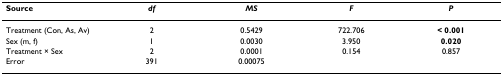
| Source | df | MS | F | P |
 | --- | --- | --- | --- | --- |
 | Treatment (Con, As, Av) | 2 | 0.5429 | 722.706 | < 0.001 |
 | Sex (m, f) | 1 | 0.0030 | 3.950 | 0.020 |
 | Treatment × Sex | 2 | 0.0001 | 0.154 | 0.857 |
 | Error | 391 | 0.00075 |  |  |